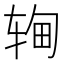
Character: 𬨉